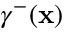
\gamma ^ { - } ( \mathbf { x } )